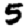
Digit: 5